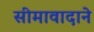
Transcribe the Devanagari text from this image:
सीमावादाने